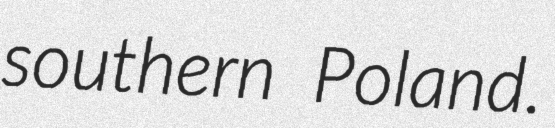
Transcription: southern Poland.